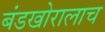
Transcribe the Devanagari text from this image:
बंडखोरालाच